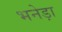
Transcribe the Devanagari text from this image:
भनेड़ा